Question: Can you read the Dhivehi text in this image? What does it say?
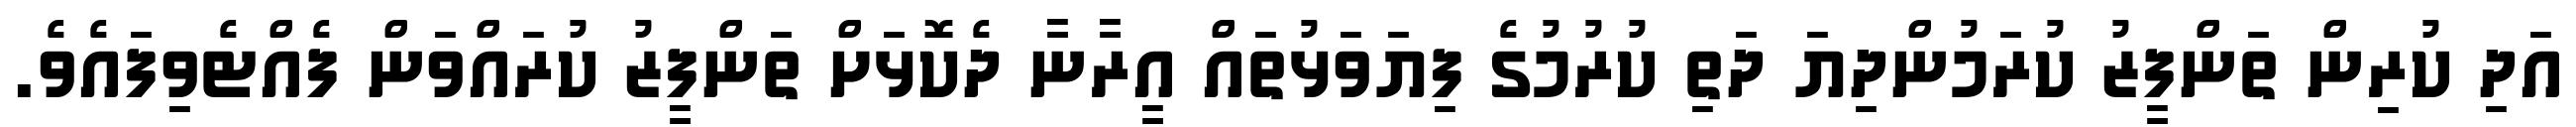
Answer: އަދި ކުރިން ތަންފީޒު ކުރަމުންދިޔަ ދަތި ކުރުމުގެ ފިޔަވަޅުތައް އީރާނާ ދެކޮޅަށް ތަންފީޒު ކުރައްވަން ފެއްޓެވިފައެވެ.